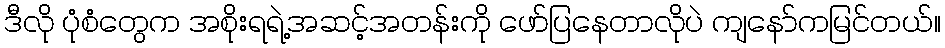
ဒီလို ပုံစံတွေက အစိုးရရဲ့အဆင့်အတန်းကို ဖော်ပြနေတာလိုပဲ ကျနော်ကမြင်တယ်။